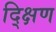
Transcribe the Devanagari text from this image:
द्क्षिण